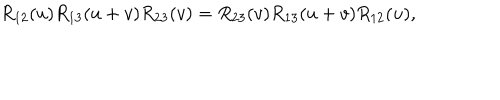
LaTeX: R _ { 1 2 } ( u ) R _ { 1 3 } ( u + v ) R _ { 2 3 } ( v ) = R _ { 2 3 } ( v ) R _ { 1 3 } ( u + v ) R _ { 1 2 } ( u ) ,